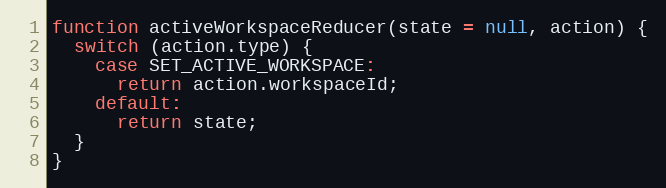
Language: JavaScript
function activeWorkspaceReducer(state = null, action) {
  switch (action.type) {
    case SET_ACTIVE_WORKSPACE:
      return action.workspaceId;
    default:
      return state;
  }
}